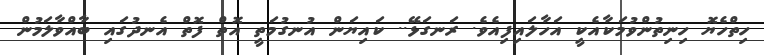
ހިތްހެޔޮ ހިނިތުންވުމަކާއެކީ އަހާލައިފިއެވެ. ރަނގަޅޭ.. ކައިޔަން އުނގުމަތީ އޮތް ފޮތް އެނދުގައި ބާއްވާލަމުން